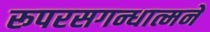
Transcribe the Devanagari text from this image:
रूपरसगन्धात्मने